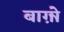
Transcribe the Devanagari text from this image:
बाग़ोे